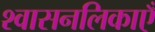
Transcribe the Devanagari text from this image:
श्वासनलिकाएँ